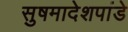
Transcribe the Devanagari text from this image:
सुषमादेशपांडे